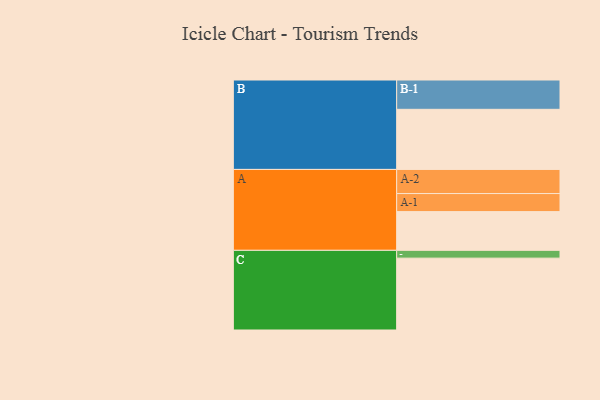
{"axis": {"x": "Segment", "y": "Value"}, "legend": ["", "A", "B", "C"], "data": [{"x": "A", "y": 313, "type": ""}, {"x": "B", "y": 486, "type": ""}, {"x": "C", "y": 581, "type": ""}, {"x": "A-1", "y": 146, "type": "A"}, {"x": "A-2", "y": 195, "type": "A"}, {"x": "B-1", "y": 237, "type": "B"}, {"x": "C-1", "y": 63, "type": "C"}]}